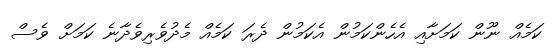
ކަމެއް ނޫން ކަމަށާއި އެހެންކަމުން އެކަމުން ދެރަ ކަމެއް މެދުވެރިވެދާނެ ކަަމަށް ވެސް